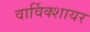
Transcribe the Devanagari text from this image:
वार्विक्शायर